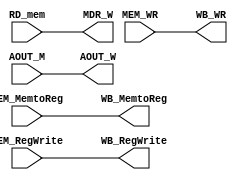
module MEM_WB (RD_mem, AOUT_M, MEM_MemtoReg, MEM_RegWrite, WB_WR, 
MDR_W, AOUT_W, WB_MemtoReg, WB_RegWrite, MEM_WR);
    
    input [31:0] RD_mem;
    input [31:0] AOUT_M;
    input MEM_MemtoReg;
    input MEM_RegWrite;
    input [4:0] MEM_WR;

    output reg [31:0] MDR_W;
    output reg [31:0] AOUT_W;
    output reg WB_MemtoReg;
    output reg WB_RegWrite;
    output reg [4:0] WB_WR;


    always @(*) begin
        MDR_W <= RD_mem;
        AOUT_W <= AOUT_M;
        WB_MemtoReg <= MEM_MemtoReg;
        WB_RegWrite <= MEM_RegWrite;
        WB_WR <= MEM_WR;
        // $display("%2t: MEM_WB", $time);
    end
endmodule